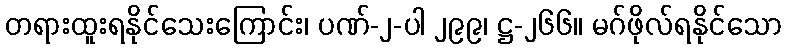
တရားထူးရနိုင်သေးကြောင်း၊ ပဏ်-၂-ပါ ၂၉၉၊ ဋ္ဌ-၂၆၆။ မဂ်ဖိုလ်ရနိုင်သော